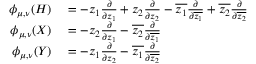
\begin{array} { r l } { \phi _ { \mu , \nu } ( H ) } & { { } = - z _ { 1 } { \frac { \partial } { \partial z _ { 1 } } } + z _ { 2 } { \frac { \partial } { \partial z _ { 2 } } } - { \overline { { z _ { 1 } } } } { \frac { \partial } { \partial { \overline { { z _ { 1 } } } } } } + { \overline { { z _ { 2 } } } } { \frac { \partial } { \partial { \overline { { z _ { 2 } } } } } } } \\ { \phi _ { \mu , \nu } ( X ) } & { { } = - z _ { 2 } { \frac { \partial } { \partial z _ { 1 } } } - { \overline { { z _ { 2 } } } } { \frac { \partial } { \partial { \overline { { z _ { 1 } } } } } } } \\ { \phi _ { \mu , \nu } ( Y ) } & { { } = - z _ { 1 } { \frac { \partial } { \partial z _ { 2 } } } - { \overline { { z _ { 1 } } } } { \frac { \partial } { \partial { \overline { { z _ { 2 } } } } } } } \end{array}